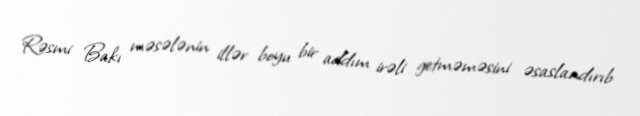
Rəsmi Bakı məsələnin illər boyu bir addım irəli getməməsini əsaslandırıb